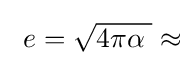
{\textstyle \ e={\sqrt {4\pi \alpha \;}}\approx }